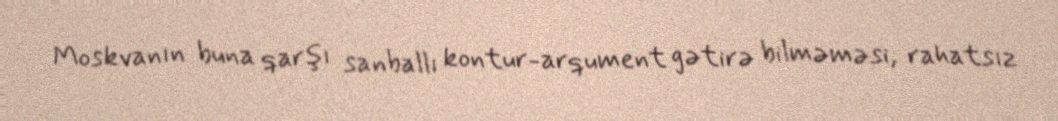
Moskvanın buna qarşı sanballı kontur-arqument gətirə bilməməsi, rahatsız